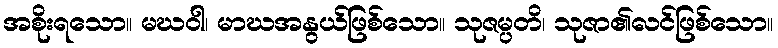
အစိုးရသော။ မဃဝါ၊ မာဃအနွယ်ဖြစ်သော။ သုဇမ္ပတိ၊ သုဇာ၏လင်ဖြစ်သော။